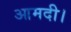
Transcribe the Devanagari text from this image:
आमदी।